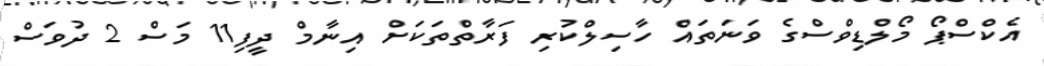
އެކްސްޕޯ މޯލްޑިވްސްގެ ވަނަތައް ހާސިލްކުރި ފަރާތްތަކަަށް އިނާމް ދީފި11 މަސް 2 ދުވަސް